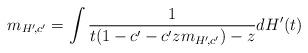
LaTeX: \begin{align*} m_{H'\!,c'}=\int \frac{1}{t(1-c'-c'zm_{H'\!,c'})-z}dH'(t)\end{align*}